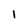
Character: 1